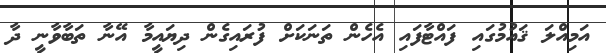
އަމިއްލަ ޤައުމުގައި ފައްޓާފައި އެހެން ތަނަކަށް ފުރައިގެން ދިޔައީމާ އޭނާ ތަބާވާނީ ދާ